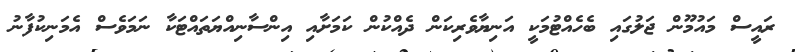
ރައީސް މައުމޫން ޖަލުގައި ބެހެއްޓުމަކީ އަނިޔާވެރިކަން ދެއްކުން ކަމަށާއި އިންސާނިއްޔަތައްޓަކާ ނަމަވެސް އެމަނިކުފާނު